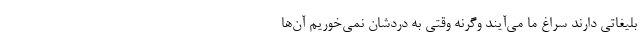
بلیغاتی دارند سراغ ما می‌آیند وگرنه وقتی به دردشان نمی‌خوریم آن‌ها